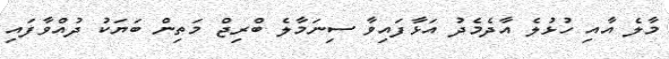
މާލެ އާއި ހުޅުލެ އާދެމެދު އަޅާފައިވާ ސިނަމާލެ ބްރިޖް މަތިން ބަޔަކު ދުއްވާފައި